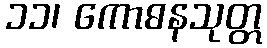
၁၁၊ ကောဓနသုတ္တ